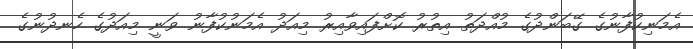
އެމަނިކުފާނުގެ ގޭބަންދުގެ މުއްދަތު އިތުރު ކޮށްފައިވާއިރު މިއަދު އެމަނުކުފާނު ވަނީ މިއަދުގެ ހެނދުނުގެ